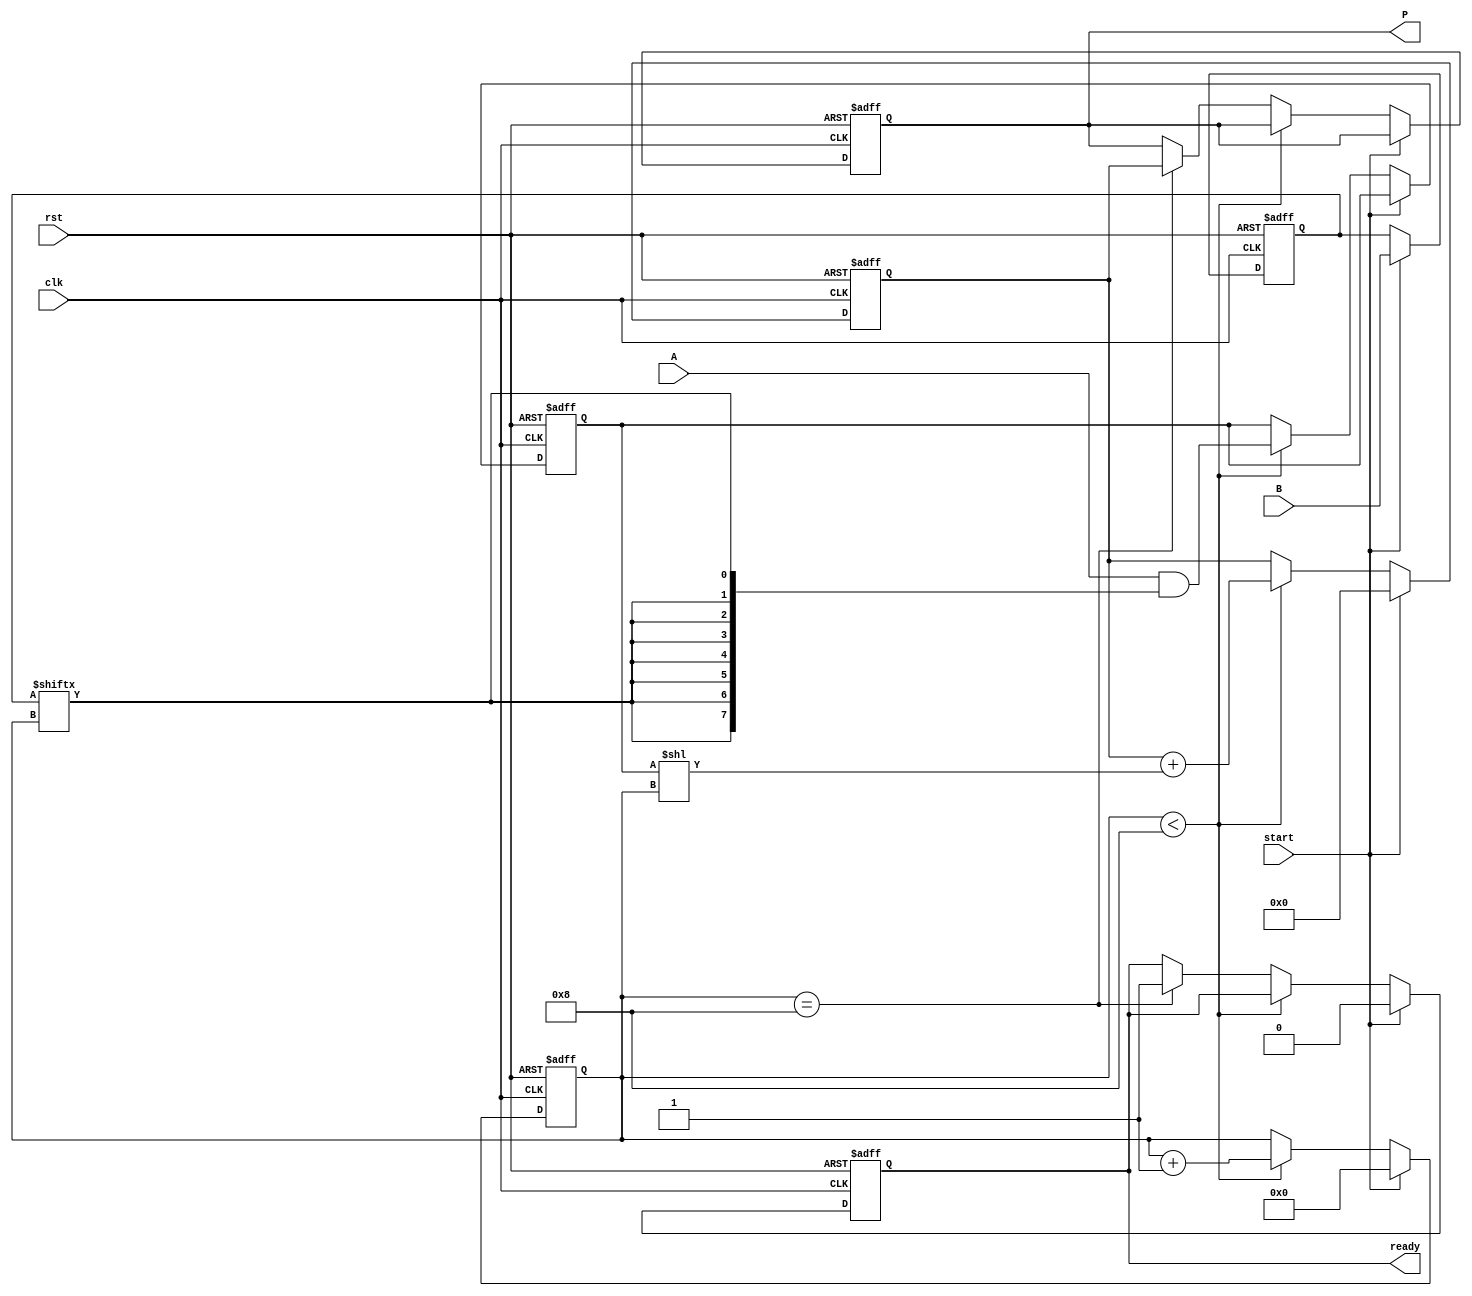
module PartialProductAccumulator #(
    parameter A_WIDTH = 8, // Width of the multiplicand
    parameter B_WIDTH = 8  // Width of the multiplier
)(
    input wire clk,
    input wire rst,
    input wire start,
    input wire [A_WIDTH-1:0] A, // Multiplicand
    input wire [B_WIDTH-1:0] B, // Multiplier
    output reg [A_WIDTH + B_WIDTH - 1:0] P, // Product
    output reg ready // Ready signal
);

    reg [B_WIDTH-1:0] multiplier;
    reg [A_WIDTH-1:0] partial_product;
    reg [A_WIDTH + B_WIDTH - 1:0] accumulator;
    reg [3:0] count; // To count the number of bits processed

    // State machine for controlling the multiplication process
    always @(posedge clk or posedge rst) begin
        if (rst) begin
            P <= 0;
            accumulator <= 0;
            count <= 0;
            ready <= 0;
            multiplier <= 0;
            partial_product <= 0;
        end else if (start) begin
            // Initialize the multiplication process
            multiplier <= B;
            accumulator <= 0;
            count <= 0;
            ready <= 0;
        end else if (count < B_WIDTH) begin
            // Generate partial product
            partial_product <= A & {A_WIDTH{multiplier[count]}};
            // Accumulate the partial product
            accumulator <= accumulator + (partial_product << count);
            count <= count + 1;
        end else if (count == B_WIDTH) begin
            // Finalize the product and set ready signal
            P <= accumulator;
            ready <= 1;
        end
    end

endmodule